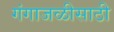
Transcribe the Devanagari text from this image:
गंगाजळीसाठी